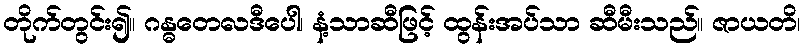
တိုက်တွင်း၍။ ဂန္ဓတေလဒီပေါ၊ နံ့သာဆီဖြင့် ထွန်းအပ်သာ ဆီမီးသည်။ ဇာယတိ၊